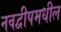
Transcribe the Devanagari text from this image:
नवद्वीपमधील